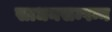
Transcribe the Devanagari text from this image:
साधनसम्पन्न